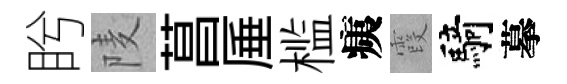
盻𨹧菖厜槛痍霞騎摹